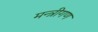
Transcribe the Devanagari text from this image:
मन्त्रीगण